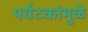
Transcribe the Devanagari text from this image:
पर्यटकांमुळे